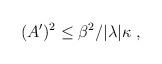
LaTeX: \begin{align*}(A^\prime)^2\leq\beta^2/|\lambda|\kappa~,\end{align*}